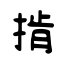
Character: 掯